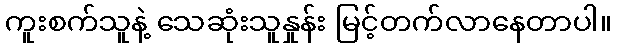
ကူးစက်သူနဲ့ သေဆုံးသူနှုန်း မြင့်တက်လာနေတာပါ။